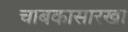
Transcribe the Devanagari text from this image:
चाबकासारखा